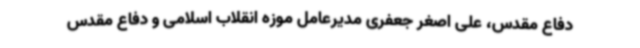
دفاع مقدس، علی اصغر جعفری مدیرعامل موزه انقلاب اسلامی و دفاع مقدس